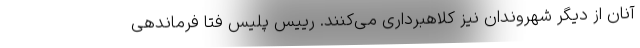
آنان از دیگر شهروندان نیز کلاهبرداری می‌کنند. رییس پلیس فتا فرماندهی